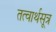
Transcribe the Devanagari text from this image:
तत्वार्थसूत्र